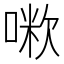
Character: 𠺼